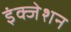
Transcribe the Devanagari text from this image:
इंक्जेशन